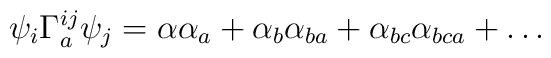
\psi_i \Gamma^{ij}_a \psi_j = \alpha \alpha_a +      \alpha_b \alpha_{ba} +  \alpha_{bc} \alpha_{bca} + \ldots